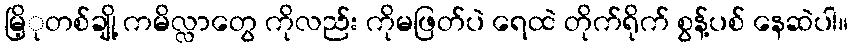
မြိ့ုတစ်ချို့ ကမိလ္လာတွေ ကိုလည်း ကိုမဖြတ်ပဲ ရေထဲ တိုက်ရိုက် စွန့်ပစ် နေဆဲပါ။